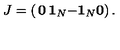
J = \left( \begin{matrix} { { \bf 0 } } & { { \bf 1 } _ { N } } \\ { - { \bf 1 } _ { N } } & { { \bf 0 } } \\ \end{matrix} \right) .